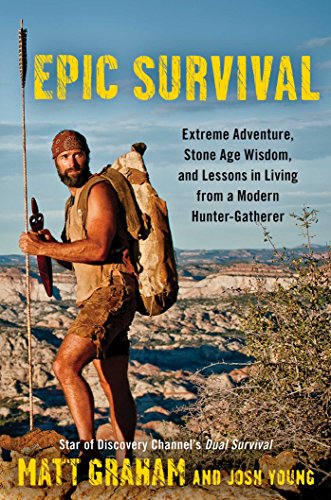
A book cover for Epic Survival: Extreme Adventure, Stone Age Wisdom, and Lessons in Living From a Modern Hunter-Gatherer; Matt Graham; Biographies & Memoirs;